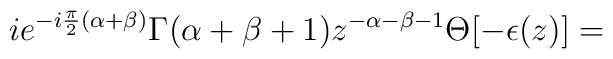
ie^{-i\frac {\pi} {2}(\alpha+\beta)}\Gamma(\alpha+\beta+1)z^{-\alpha-\beta-1}\Theta[-\epsilon(z)]=